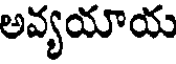
అవ్యయాయ